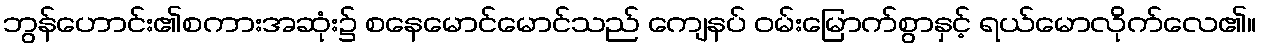
ဘွန်ဟောင်း၏စကားအဆုံး၌ စနေမောင်မောင်သည် ကျေနပ် ဝမ်းမြောက်စွာနှင့် ရယ်မောလိုက်လေ၏။